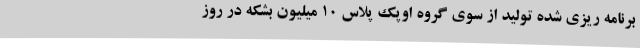
برنامه ریزی شده تولید از سوی گروه اوپک پلاس 10 میلیون بشکه در روز